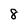
Character: 8